65_HS1-834228961_62-HQ-83894_SUB_A
Agency: FBI
Page 86
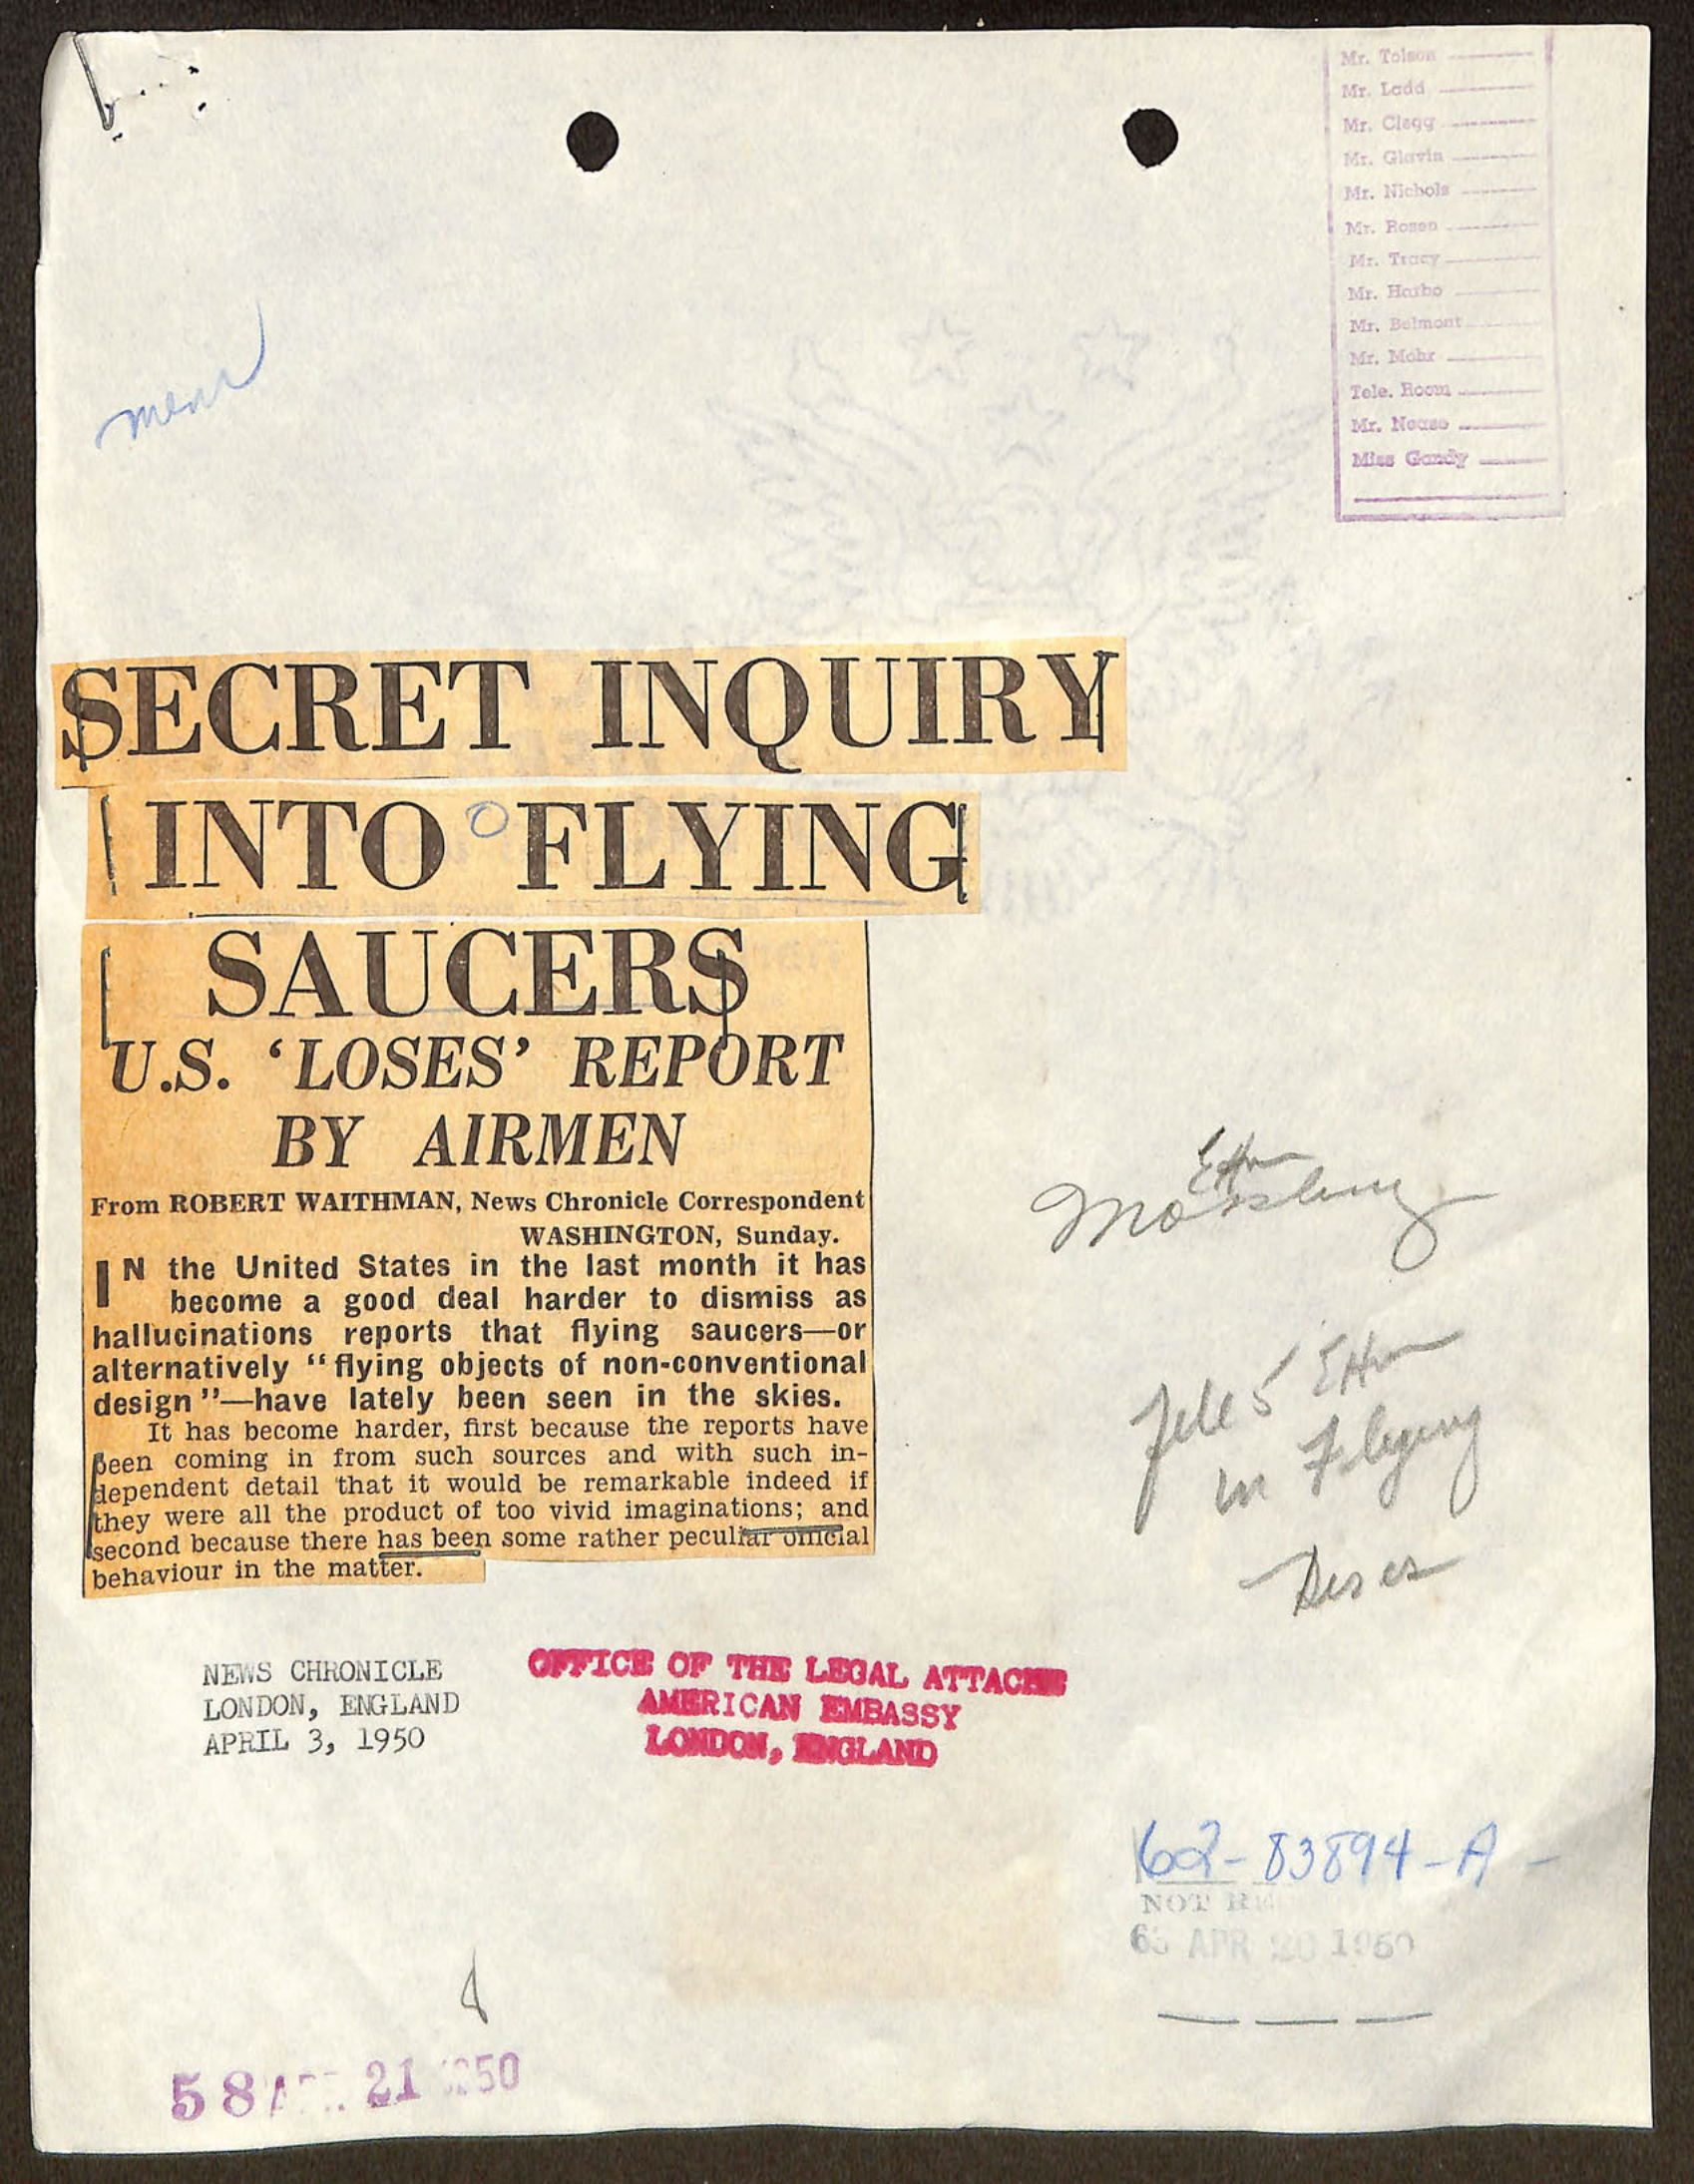